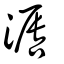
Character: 漘